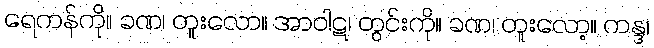
ရေကန်ကို။ ခဏ၊ တူးလော။ အာဝါဋ၊ တွင်းကို။ ခဏ၊ တူးလော့။ ကန္ဒ၊